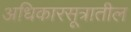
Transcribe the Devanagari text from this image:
अधिकारसूत्रातील